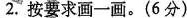
2. 按要求画一画。(6分)